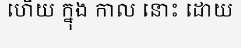
ហើយ ក្នុង កាល នោះ ដោយ